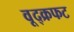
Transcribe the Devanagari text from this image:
वूद्क्रफट